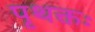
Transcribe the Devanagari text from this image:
पृथक्तः